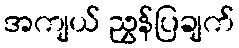
အကျယ် ညွှန်ပြချက်